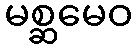
မစ္ဆမေဝ